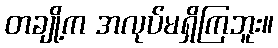
တချို့က အလုပ်မရှိကြဘူး။